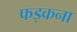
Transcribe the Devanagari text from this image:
फड़कना